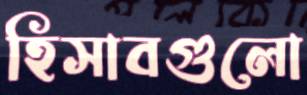
হিসাবগুলো